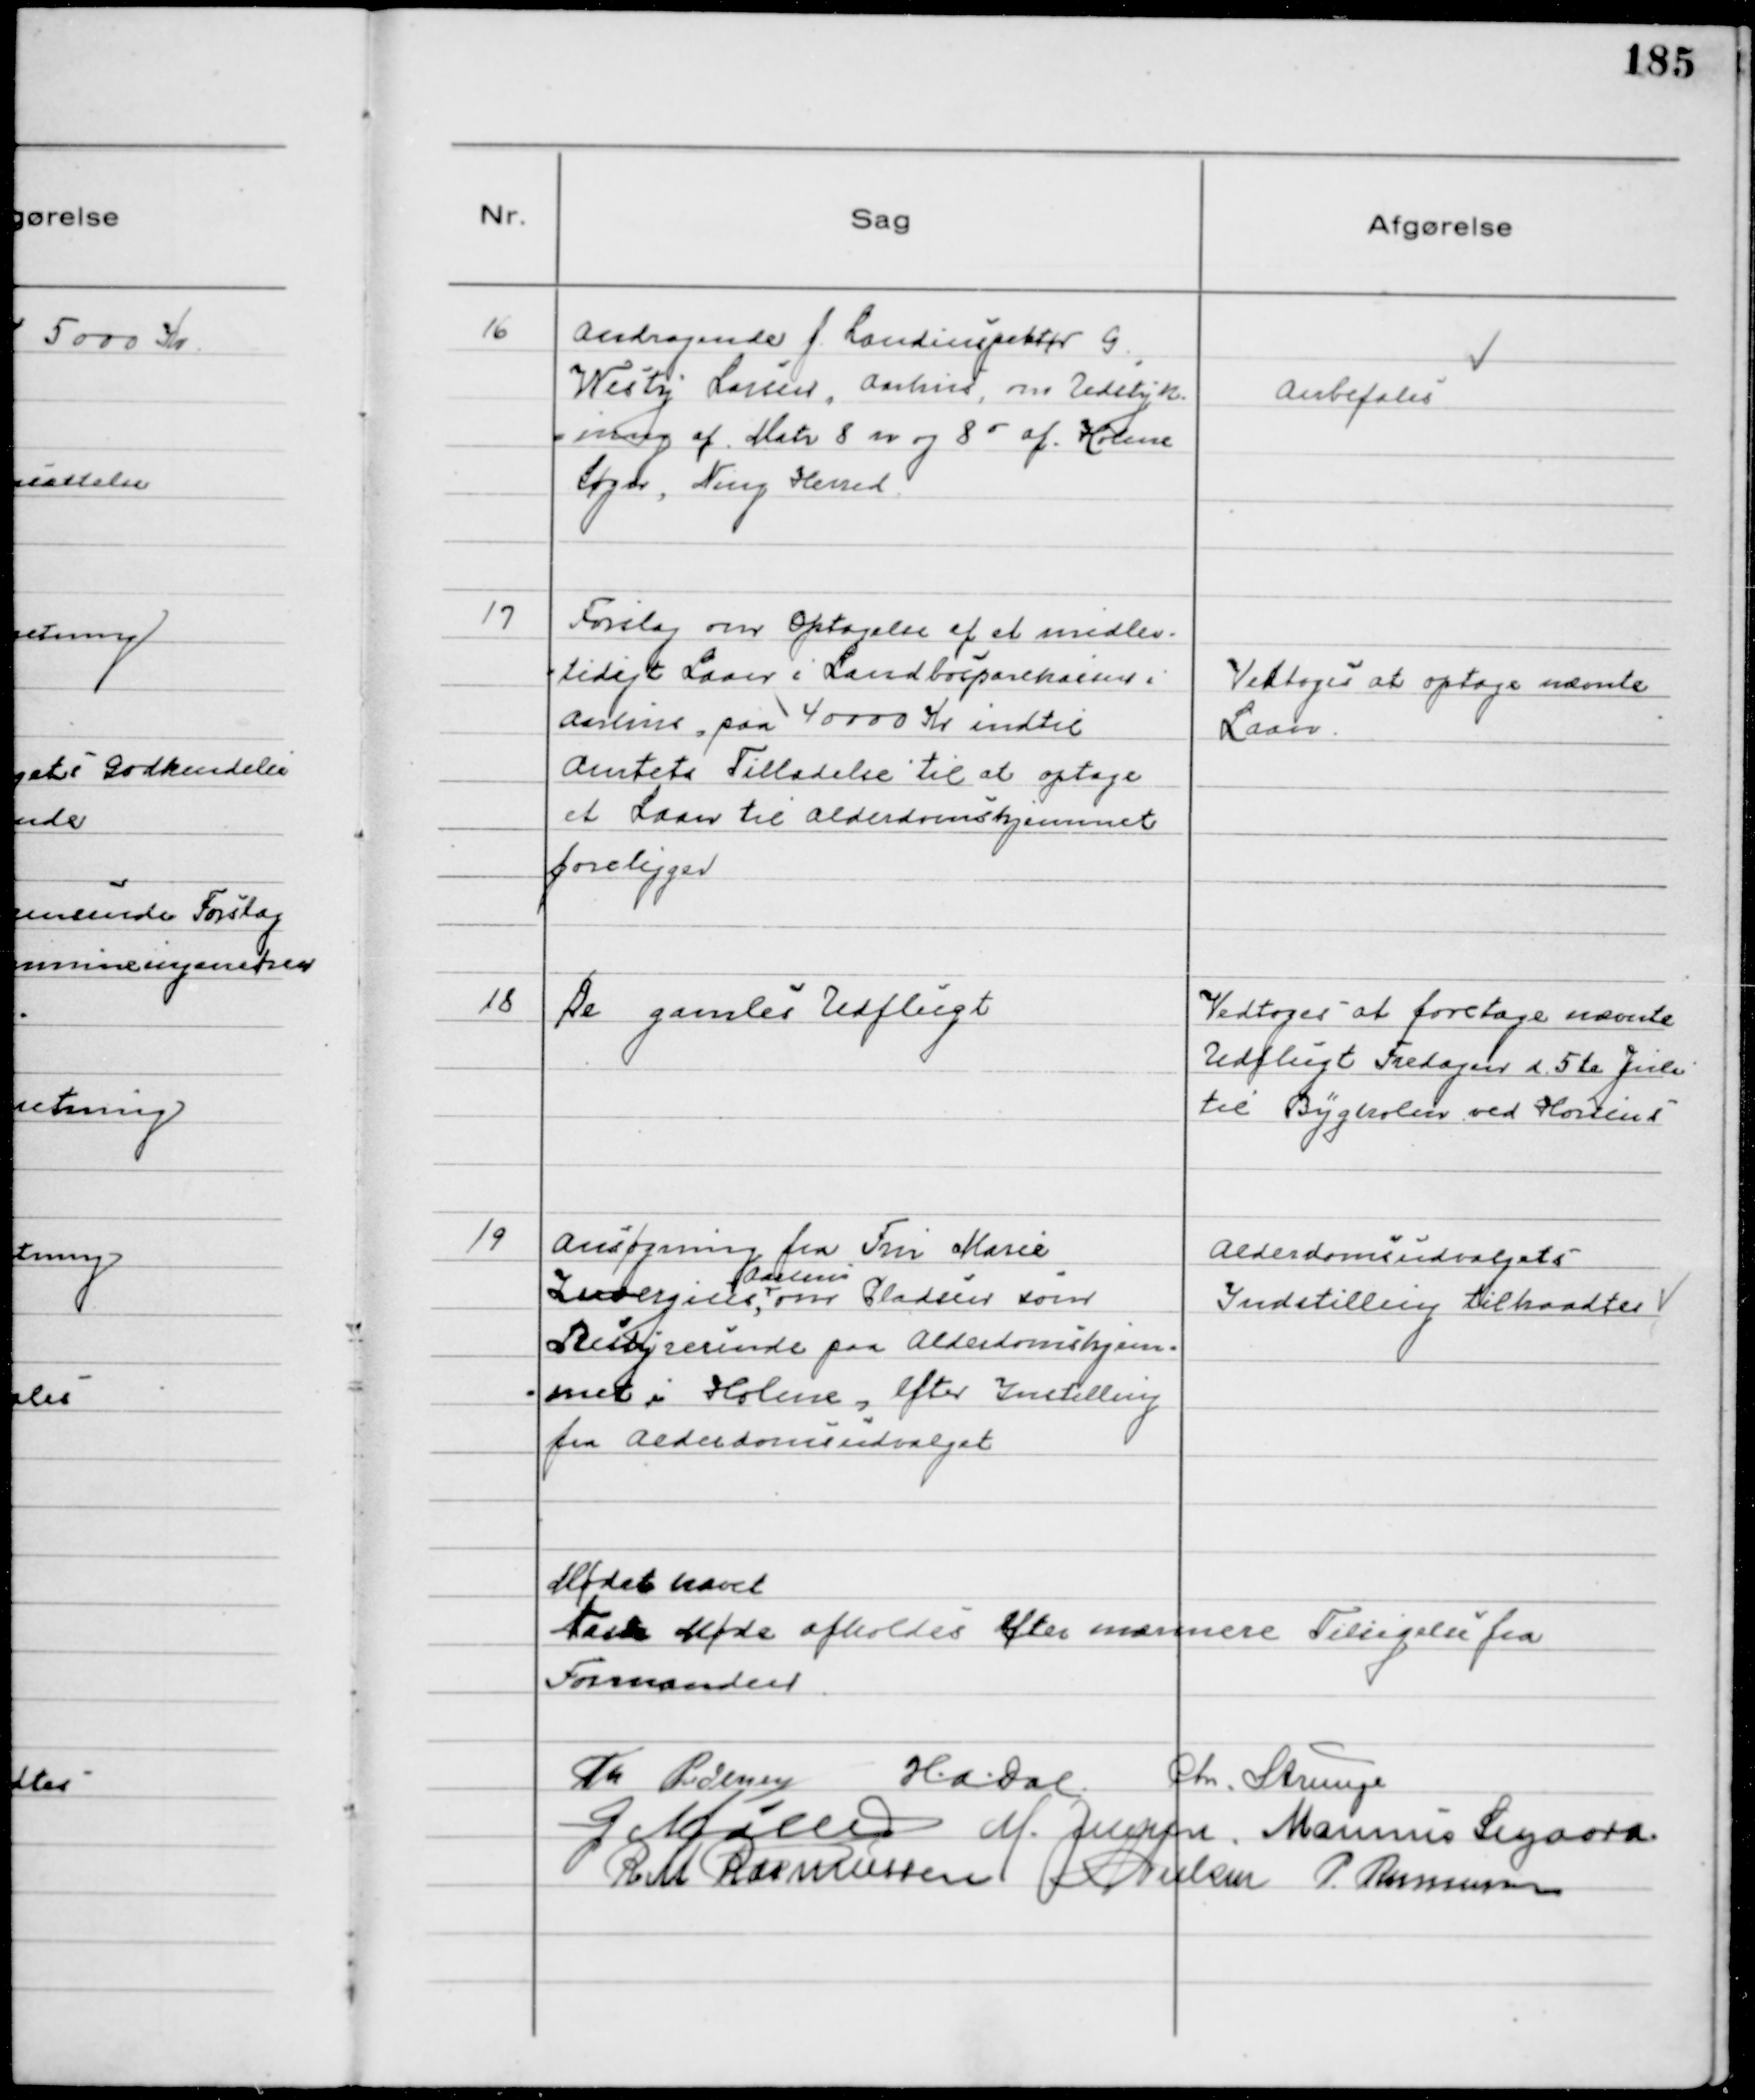
Transskription:
16
Andragende f. Landinspektør G.
Westy Larsen, Aarhus, om Udstyk-
-ning af Matr 8 n og 8 o af Holme
Sogn, Ning Herred.

Anbefales

17
Forslag om Optagelse af et midler-
-tidigt Laan i Landbosparekassen i
Aarhus paa 40000 Kr indtil
Amtets Tilladelse til at optage
et Laan til Alderdomshjemmet
foreligger

Vedtoges at optage nævnte
Laan.

18
De gamles Udflugt

Vedtoges at foretage nævnte
Udflugt Fredagen d. 5te Juli
til Bygholm ved Horsens

19
Ansøgning fra Fru Marie
Zwergius,
Aarhus
om Pladsen som
Bestyrerinde paa Alderdomshjem-
-met i Holme, efter Instilling
fra Alderdomsudvalget

Alderdomsudvalgets
Indstilling tiltraadtes

Mødet hævet
Næste Møde afholdes efter nærmere Tilsigelse fra
Formanden
TH Pedersen H.A. Dal Chr. Strunge
G Møller M. Jensen Marinus Sigaard
R M Rasmussen N Nielsen P. Rasmussen